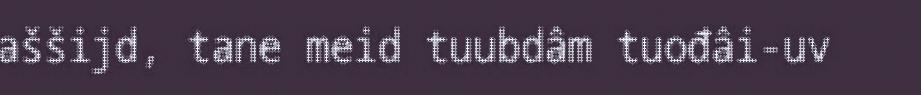
aššijd, tane meid tuubdâm tuođâi-uv